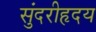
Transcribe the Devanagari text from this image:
सुंदरीहृदय